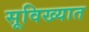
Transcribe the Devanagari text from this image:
सूविख्यात